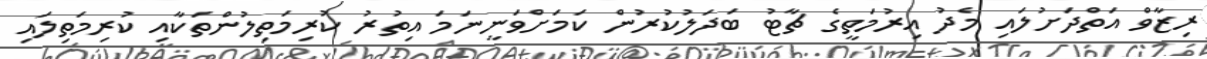
ރިޒާވް އަތްދަށުލައި މެދު އިރުމަތީގެ ޗާޓު ބަދަލުކުރުން ކަމަށްވަނީނަމަ އިތުރު ކުރިމަތިލުންތަކާއި ކުރިމަތިލައި